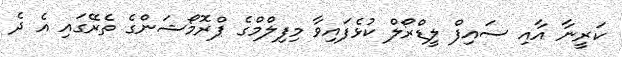
ކަރީނާ އާއި ސައިފް ލީޑްރޯލް ކުޅެފައިވާ މިފިލްމްގެ ޕްރޮމޯޝަންގެ ތެރޭގައި އެ ދެ